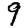
Digit: 9